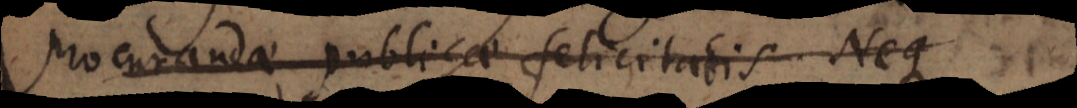
procurandae publicae felicitatis. Neque